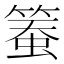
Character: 𥱄